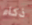
ذكاء